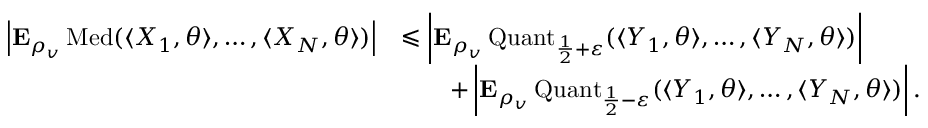
\begin{array} { r l } { \left| { \mathbf E } _ { \rho _ { v } } \operatorname { M e d } ( \langle X _ { 1 } , \theta \rangle , \ldots , \langle X _ { N } , \theta \rangle ) \right| } & { \leqslant \left| { \mathbf E } _ { \rho _ { v } } \operatorname { Q u a n t } _ { \frac { 1 } { 2 } + \varepsilon } ( \langle Y _ { 1 } , \theta \rangle , \ldots , \langle Y _ { N } , \theta \rangle ) \right| } \\ & { \qquad + \left| { \mathbf E } _ { \rho _ { v } } \operatorname { Q u a n t } _ { \frac { 1 } { 2 } - \varepsilon } ( \langle Y _ { 1 } , \theta \rangle , \ldots , \langle Y _ { N } , \theta \rangle ) \right| . } \end{array}